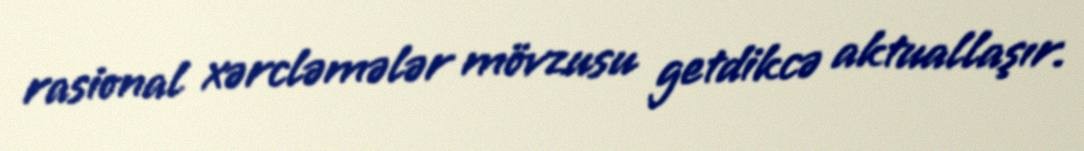
rasional xərcləmələr mövzusu getdikcə aktuallaşır.